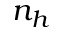
n _ { h }